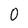
Character: 0